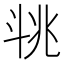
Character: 𣁶